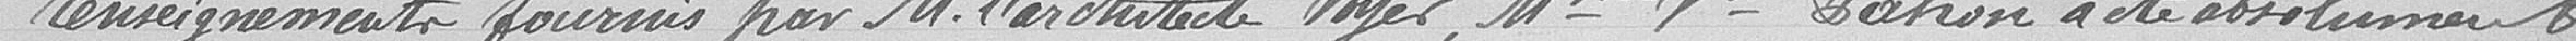
renseignements fournis par Monsieur l'architecte voyer, Madame veuve Pahon a été absolument